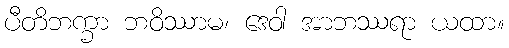
ပီတိဘက္ခာ ဘဝိဿာမ၊ ဒေဝါ အာဘဿရာ ယထာ။